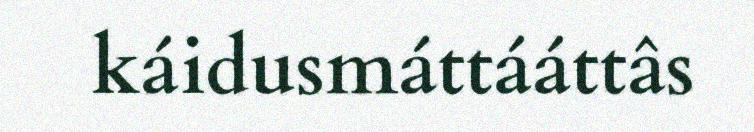
káidusmáttááttâs